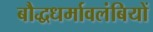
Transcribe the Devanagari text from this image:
बौद्धधर्मावलंबियों